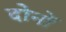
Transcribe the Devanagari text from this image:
दोनोंं